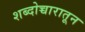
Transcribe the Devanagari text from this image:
शब्दोच्चारातून